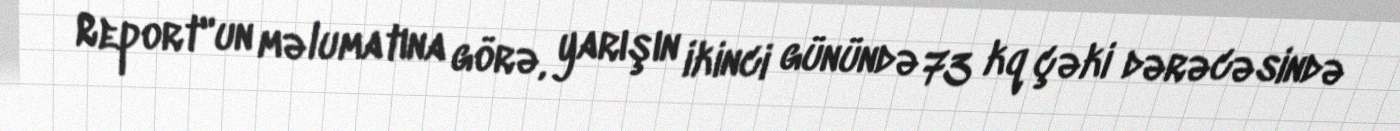
Report"un məlumatına görə, yarışın ikinci günündə 73 kq çəki dərəcəsində